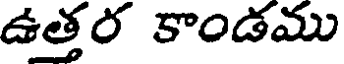
ఉత్తర కాండము